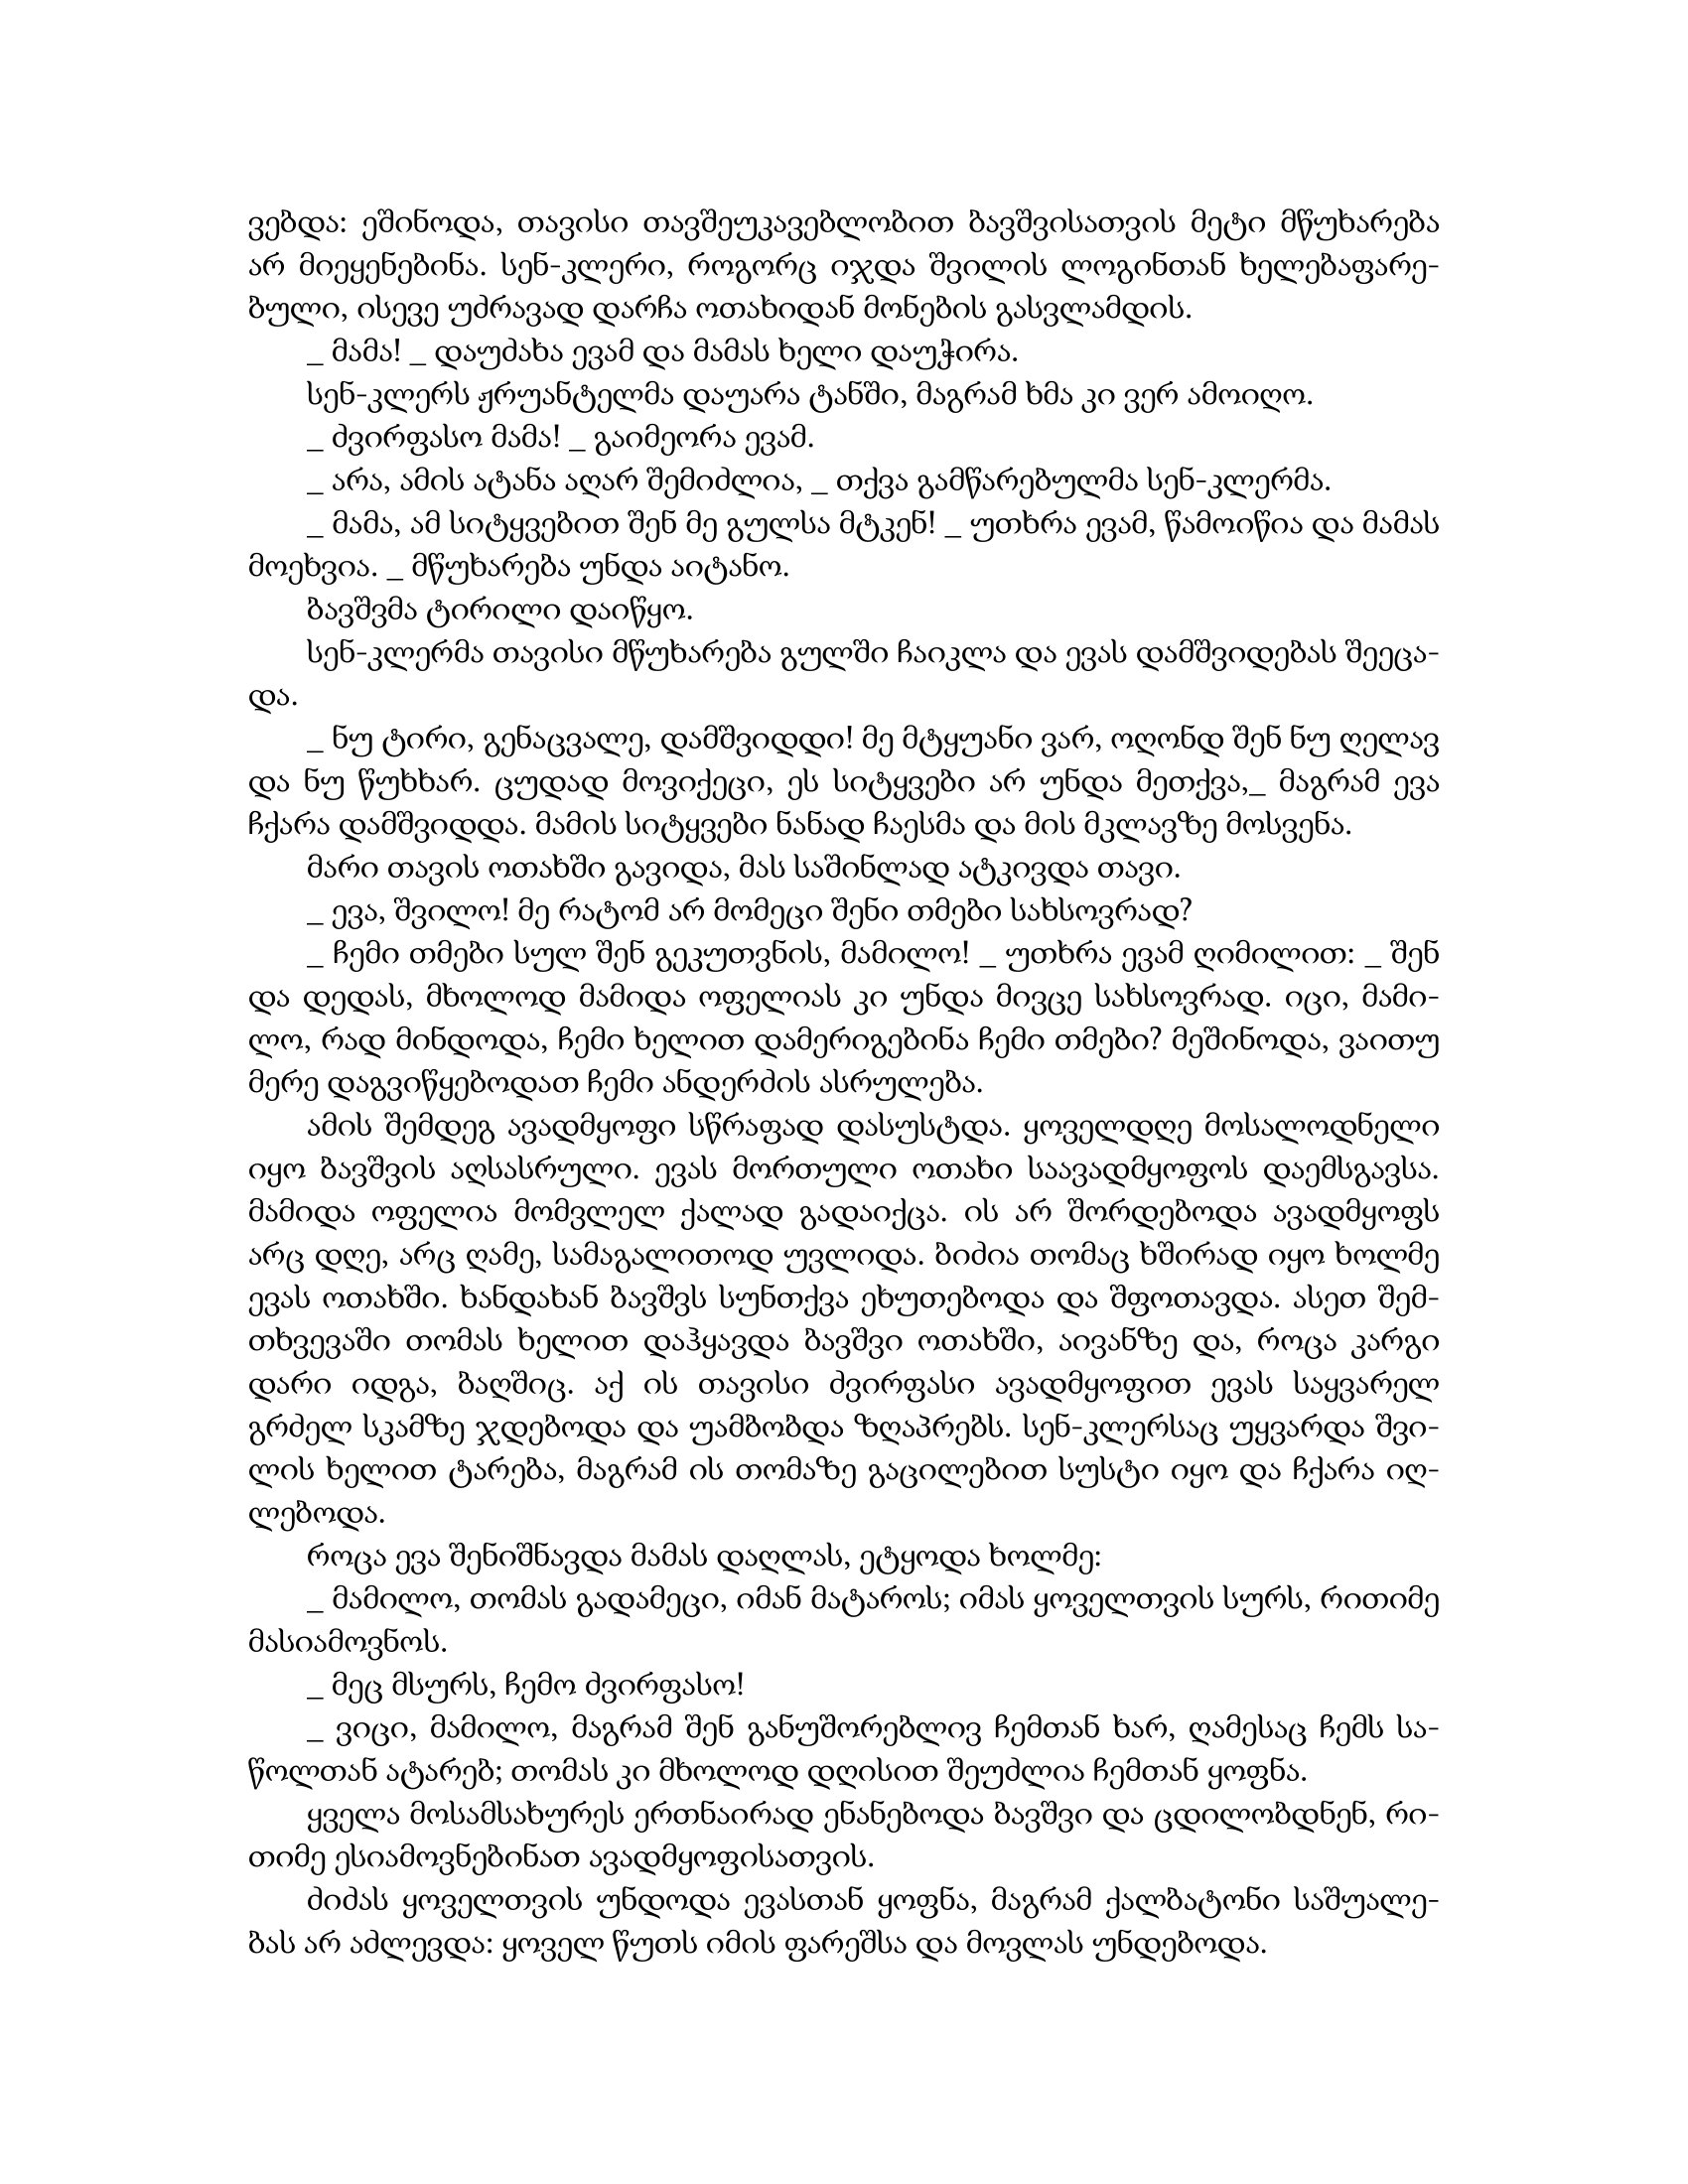
Language: gr